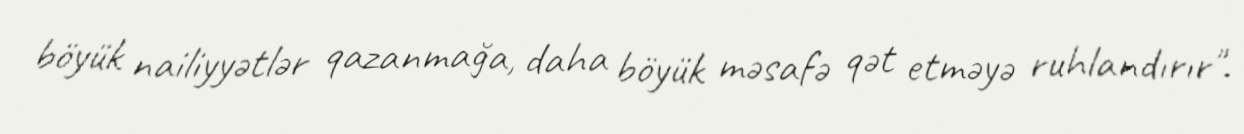
böyük nailiyyətlər qazanmağa, daha böyük məsafə qət etməyə ruhlandırır".